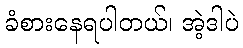
ခံစားနေရပါတယ်၊ အဲ့ဒါပဲ